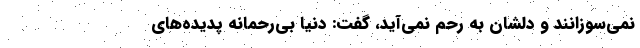
نمی‌سوزانند و دلشان به رحم نمی‌آید، گفت: دنیا بی‌رحمانه پدیده‌های